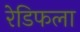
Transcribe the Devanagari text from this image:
रेडिफला